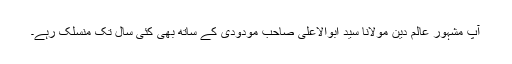
آپ مشہور عالم دین مولانا سیّد ابوالاعلیٰ صاحب مودودی کے ساتھ بھی کئی سال تک منسلک رہے۔